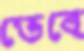
ভেবে